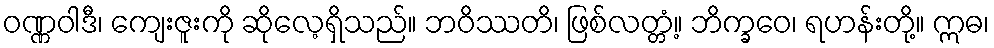
ဝဏ္ဏဝါဒီ၊ ကျေးဇူးကို ဆိုလေ့ရှိသည်။ ဘဝိဿတိ၊ ဖြစ်လတ္တံ့။ ဘိက္ခဝေ၊ ရဟန်းတို့။ ဣဓ၊